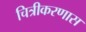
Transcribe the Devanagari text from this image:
चित्रीकरणास